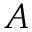
A